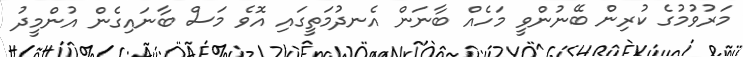
މަރުވުމުގެ ކުރިން ބޭނުންވީ މަހެއް ބާނަން އެނދުމަތީގައި އޮވެ މަސް ބާނައިގެން އުންމީދު